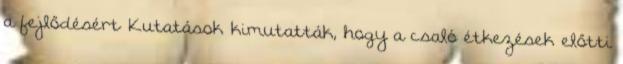
a fejlődésért Kutatások kimutatták, hogy a csaló étkezések előtti